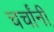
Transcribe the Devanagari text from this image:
चर्चांनी